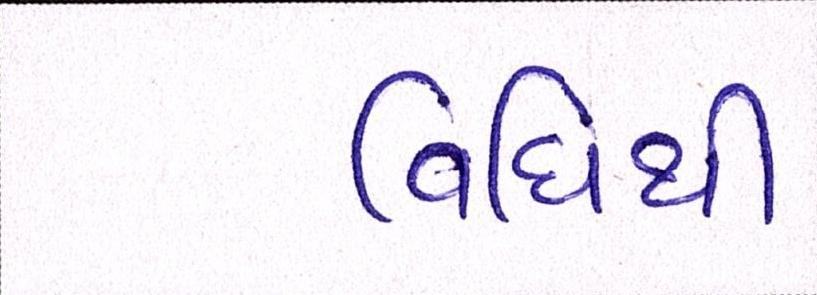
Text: વિધિથી